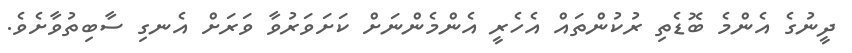
ދީނުގެ އެންމެ ބޮޑެތި ރުކުންތައް އެހެރީ އެންމެންނަށް ކަށަވަރުވާ ވަރަށް އެނގި ސާބިތުވާށެވެ.